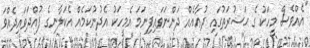
"އެއްވެސް މީހަކު ގެ ޙަޟުރަތުގައި ދުޢާއެއް ދަންނަވައިފިނަމަ އެމީހަކު އެދުނުކަމެއް އެކަލާނގެ ފުއްދަވައިދެއްވަ